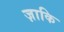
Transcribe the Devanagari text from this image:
ज़ाकि